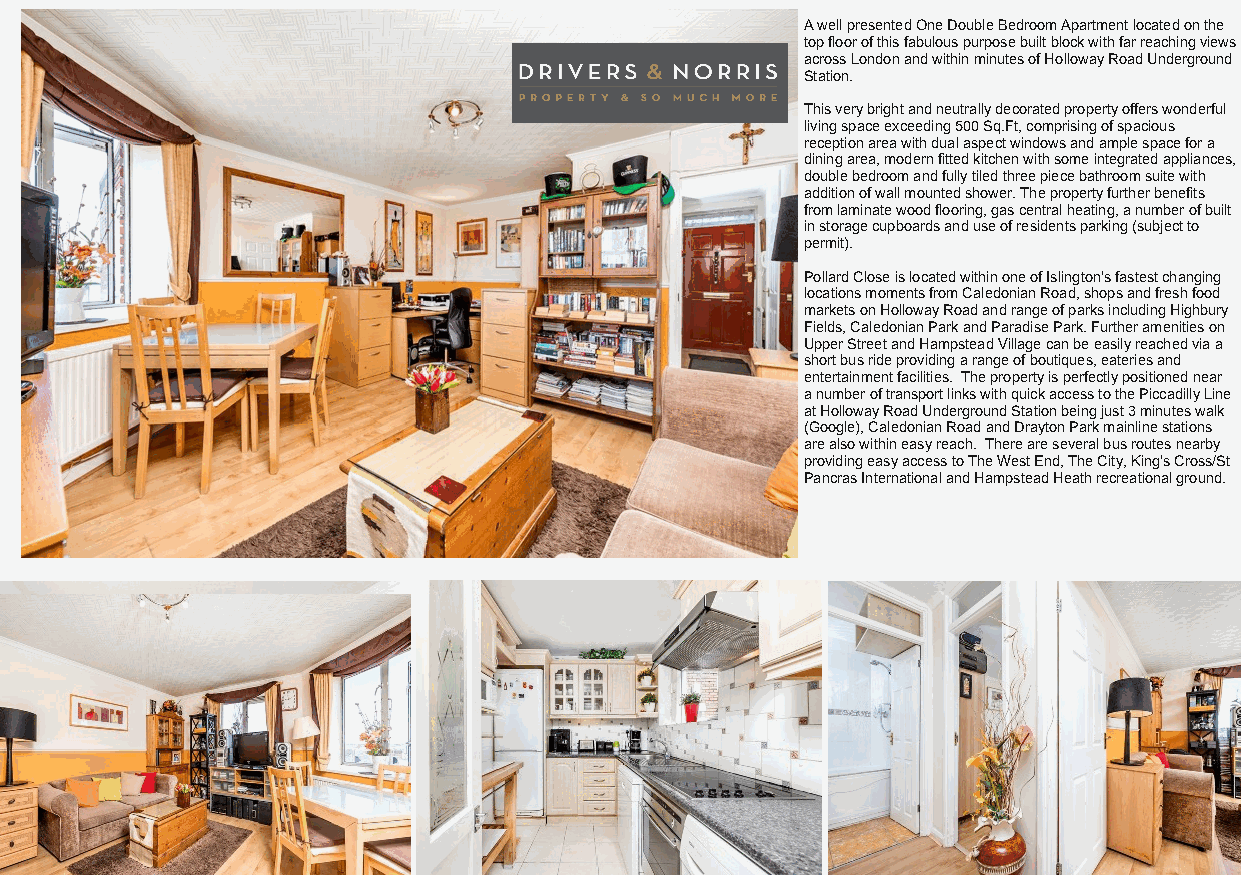
A well presented One Double Bedroom Apartment located on the
 top floor of this fabulous purpose built block with far reaching views
 across London and within minutes of Holloway Road Underground
 Station.
 This very bright and neutrally decorated property offers wonderful
 living space exceeding 500 Sq.Ft, comprising of spacious
 reception area with dual aspect windows and ample space for a
 dining area, modern fitted kitchen with some integrated appliances,
 double bedroom and fully tiled three piece bathroom suite with
 addition of wall mounted shower. The property further benefits
 from laminate wood flooring, gas central heating, a number of built
 in storage cupboards and use of residents parking (subject to
 permit).
 Pollard Close is located within one of Islington's fastest changing
 locations moments from Caledonian Road, shops and fresh food
 markets on Holloway Road and range of parks including Highbury
 Fields, Caledonian Park and Paradise Park. Further amenities on
 Upper Street and Hampstead Village can be easily reached via a
 short bus ride providing a range of boutiques, eateries and
 entertainment facilities. The property is perfectly positioned near
 a number of transport links with quick access to the Piccadilly Line
 at Holloway Road Underground Station being just 3 minutes walk
 (Google), Caledonian Road and Drayton Park mainline stations
 are also within easy reach. There are several bus routes nearby
 providing easy access to The West End, The City, King's Cross/St
 Pancras International and Hampstead Heath recreational ground.